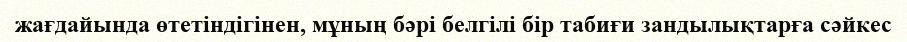
жағдайында өтетіндігінен, мұның бәрі белгілі бір табиғи зандылықтарға сәйкес